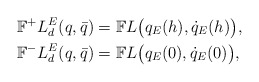
\begin{align*}\mathbb{F}^+L^E_d(q,\bar q) &= \mathbb{F}L\big(q_E(h),\dot q_E(h) \big), \\\mathbb{F}^-L^E_d(q,\bar q) &= \mathbb{F}L\big(q_E(0),\dot q_E(0) \big),\end{align*}